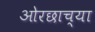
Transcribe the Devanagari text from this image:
ओरछाच्या